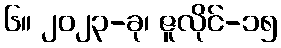
၆။ ၂၀၂၃-ခု၊ ဇူလိုင်-၁၅